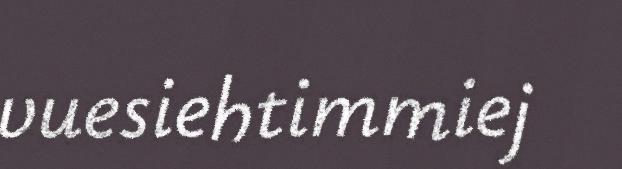
vuesiehtimmiej